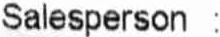
SALESPERSON :